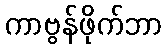
ကာဗွန်ဖိုက်ဘာ